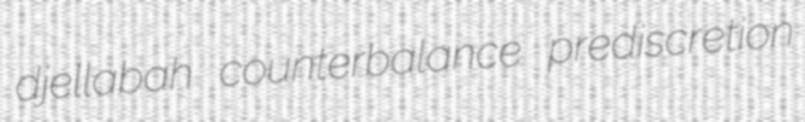
djellabah counterbalance prediscretion